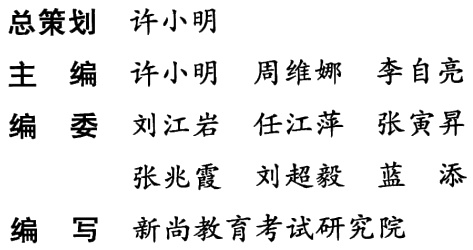
总策划 & 许小明 \\

主 编 & 许小明 & 周维娜 & 李自亮 \\

编 委 & 刘江岩 & 任江萍 & 张寅昇 \\

& 张兆霞 & 刘超毅 & 蓝 添 \\

编 写 & 新尚教育考试研究院 \\